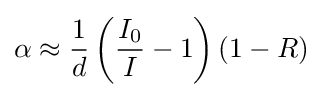
\alpha \approx {\frac {1}{d}}\left({\frac {I_{0}}{I}}-1\right)(1-R)